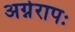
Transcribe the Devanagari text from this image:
अग्नेरापः